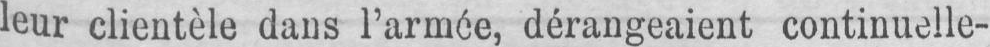
leur clientèle dans l’armée, dérangeaient continuelle-